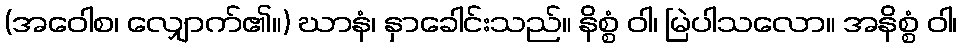
(အဝေါစ၊ လျှောက်၏။) ဃာနံ၊ နှာခေါင်းသည်။ နိစ္စံ ဝါ၊ မြဲပါသလော။ အနိစ္စံ ဝါ၊